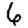
Digit: 6